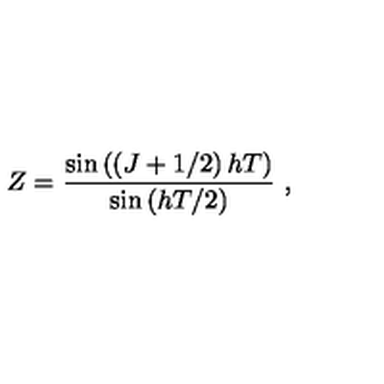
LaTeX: Z = { \frac { \sin \left( \left( J + 1 / 2 \right) h T \right) } { \sin \left( h T / 2 \right) } } \ ,